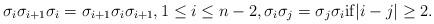
LaTeX: \begin{align*}\sigma_{i}\sigma_{i+1}\sigma_{i}=\sigma_{i+1}\sigma_{i}\sigma_{i+1}, 1 \le i \le n-2, \sigma_{i}\sigma_{j}=\sigma_{j}\sigma_{i} {\rm if} |i-j|\ge 2.\end{align*}